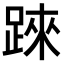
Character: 𨂐